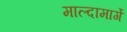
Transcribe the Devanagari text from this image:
माल्दामार्गे